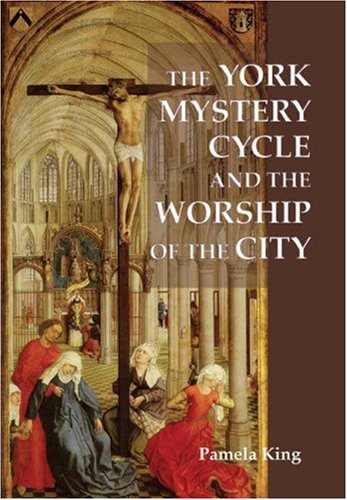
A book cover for The York Mystery Cycle and the Worship of the City (Westfield Medieval Studies); Pamela M. King; Arts & Photography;